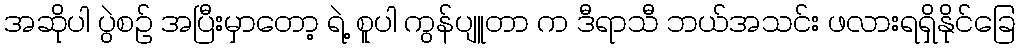
အဆိုပါ ပွဲစဥ် အပြီးမှာတော့ ရဲ့ စူပါ ကွန်ပျူတာ က ဒီရာသီ ဘယ်အသင်း ဖလားရရှိနိုင်ခြေ